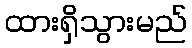
ထားရှိသွားမည်